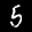
Label: 5